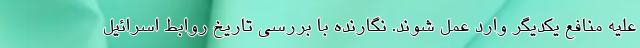
علیه منافع یکدیگر وارد عمل شوند. نگارنده با بررسی تاریخ روابط اسرائیل